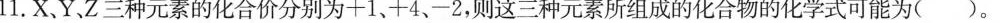
11.X、Y.Z三种元素的化合价分别为+1、十4、-2，则这三种元素所组成的化合物的化学式可能为()。